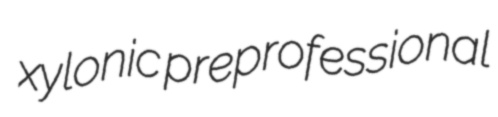
xylonic preprofessional